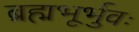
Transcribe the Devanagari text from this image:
ब्रह्मभूर्भुवः